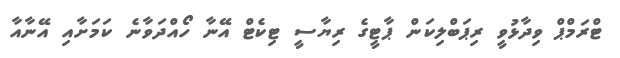
ޓްރަމްޕް ވިދާޅުވީ ރިޕަބްލިކަން ޕާޓީގެ ރިޔާސީ ޓިކެޓް އޭނާ ހޯއްދަވާނެ ކަމަށާއި އޭނާއާ